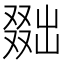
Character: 𠭴